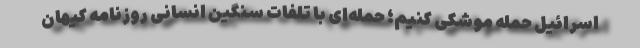
اسرائیل حمله موشکی کنیم؛ حمله‌ای با تلفات سنگین انسانی روزنامه کیهان